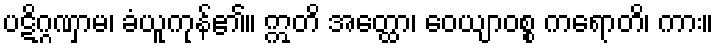
ပဋိဂ္ဂဏှာမ၊ ခံယူကုန်၏။ ဣတိ အတ္ထော၊ ဝေယျာဝစ္စ ကရောတိ၊ ကား။